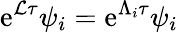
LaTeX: \mathrm{e}^{\mathcal{{L}}\tau}\psi_{i}=\mathrm{e}^{\Lambda_{i}\tau}\psi_{i}